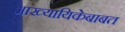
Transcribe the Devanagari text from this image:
आख्यायिकेबाबत